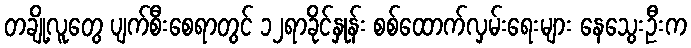
တချို့လူတွေ ပျက်စီးစေရာတွင် ၁၂ရာခိုင်နှုန်း စစ်ထောက်လှမ်းရေးများ နေသွေးဦးက